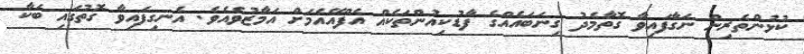
ކުޅުންތެރިން ނަގާފައިވާ ގޮތާމެދު ގިނަބައެއްގެ ފާޑުކިއުންތަކެއް އެފްއޭއެމަށް އަމާޒުވެއެވެ. އެނގިފައިވާ ގޮތުގައި ބަކާ